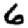
Digit: 6